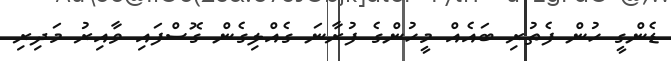
ޑެންގީ ހުން ފެތުރި ބައެއް މީހުންގެ ފުރާނަ ގެއްލިގެން ގޮސްފައި ވާއިރު މަދިރި